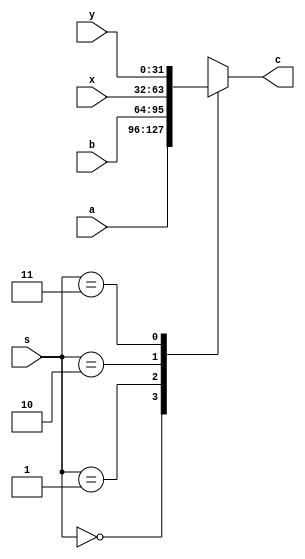
// This program was cloned from: https://github.com/Helazhary/Riscv-Verilog-Pipelined
// License: BSD 3-Clause "New" or "Revised" License

`timescale 1ns / 1ps
//////////////////////////////////////////////////////////////////////////////////
// Company: 
// Engineer: 
// 
// Design Name: 
// Module Name: Mux4x1
// Project Name: 
// Target Devices: 
// Tool Versions: 
// Description: 
// 
// Dependencies: 
// 
// Revision:
// Revision 0.01 - File Created
// Additional Comments:
// 
//////////////////////////////////////////////////////////////////////////////////


module Mux4x1 #(parameter n=32)( input[n-1:0] a, b, x, y, input [1:0] s, output reg [n-1:0] c);

always @(*) begin
    case(s)
        2'b00: c = a;
        2'b01: c = b;   //Mem Hazard
        2'b10: c = x;   //Ex hazard
        2'b11: c = y;
    endcase
end

endmodule